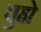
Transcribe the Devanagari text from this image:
चुहो